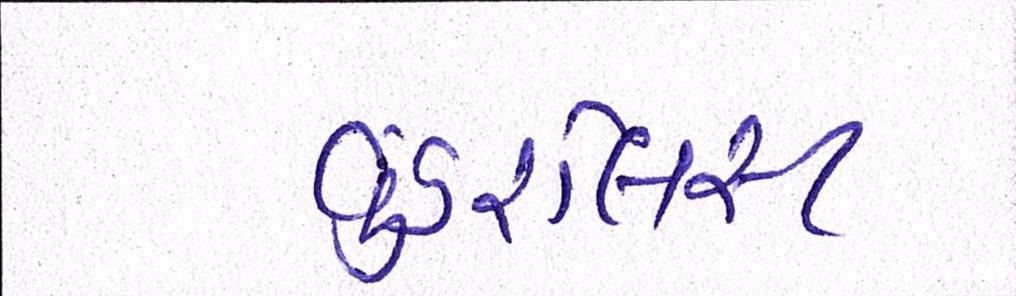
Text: વુંડરલિસ્ટ